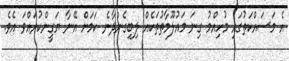
އެ މަސައްކަތުގައި މުހިއްމު ގިނަ މައުލޫމާތުތަކެއް ލިބިގެންދާނެ ކަަމަށް އޭނާ ޔަގީންކުރައްވަ އެވެ.